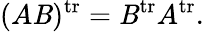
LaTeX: (A\mathit{B})^{\operatorname{tr}}=\mathit{B}^{\operatorname{tr}}A^{\operatorname{tr}}.